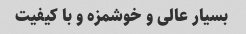
بسیار عالی و خوشمزه و با کیفیت